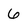
Character: 6